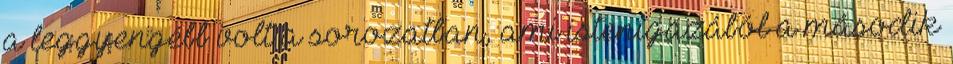
a leggyengébb volt a sorozatban, ami istenigazából a második